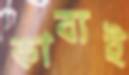
কাব্যই